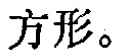
方形。